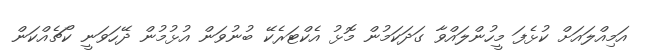
އަމިއްލައަށް ކުޅެފަ މީހުންލައްވާ ގަދަކަމުން މޮޅު އެކްޓަރެކޭ ބުނުވަން އުޅުމުން ދޭހަވަނީ ކޯޗެއްކަން